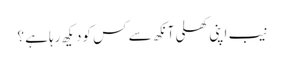
نیب اپنی کھلی آنکھ سے کس کودیکھ رہاہے ؟